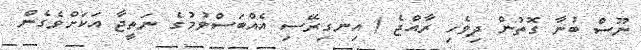
ނޫސް ބުނާ ގޮތުން ދިވެހި ރާއްޖެ / އިނގިރޭސި އެއްބަސްވުމުގެ ނަތީޖާ އަކަށްވެގެން